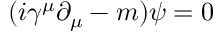
\ ( i \gamma ^ { \mu } \partial _ { \mu } - m ) \psi = 0